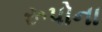
રૂપોના